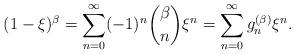
LaTeX: \begin{align*}(1-\xi)^{\beta}=\sum_{n=0}^{\infty}(-1)^{n}\binom{\beta}{n}\xi^{n}=\sum_{n=0}^{\infty}g_{n}^{(\beta)}\xi^{n}.\end{align*}